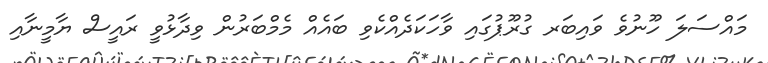
މައްސަލަ ހޫނުވެ ވައިބަރ ގުރޫޕުގައި ވާހަކަދެއްކެވި ބައެއް މެމްބަރުން ވިދާޅުވީ ރައީސް ޔާމީނާއި